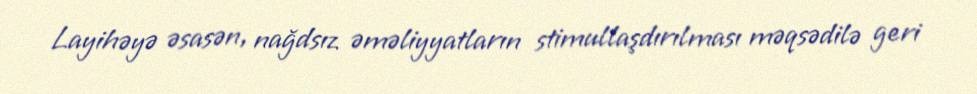
Layihəyə əsasən, nağdsız əməliyyatların stimullaşdırılması məqsədilə geri